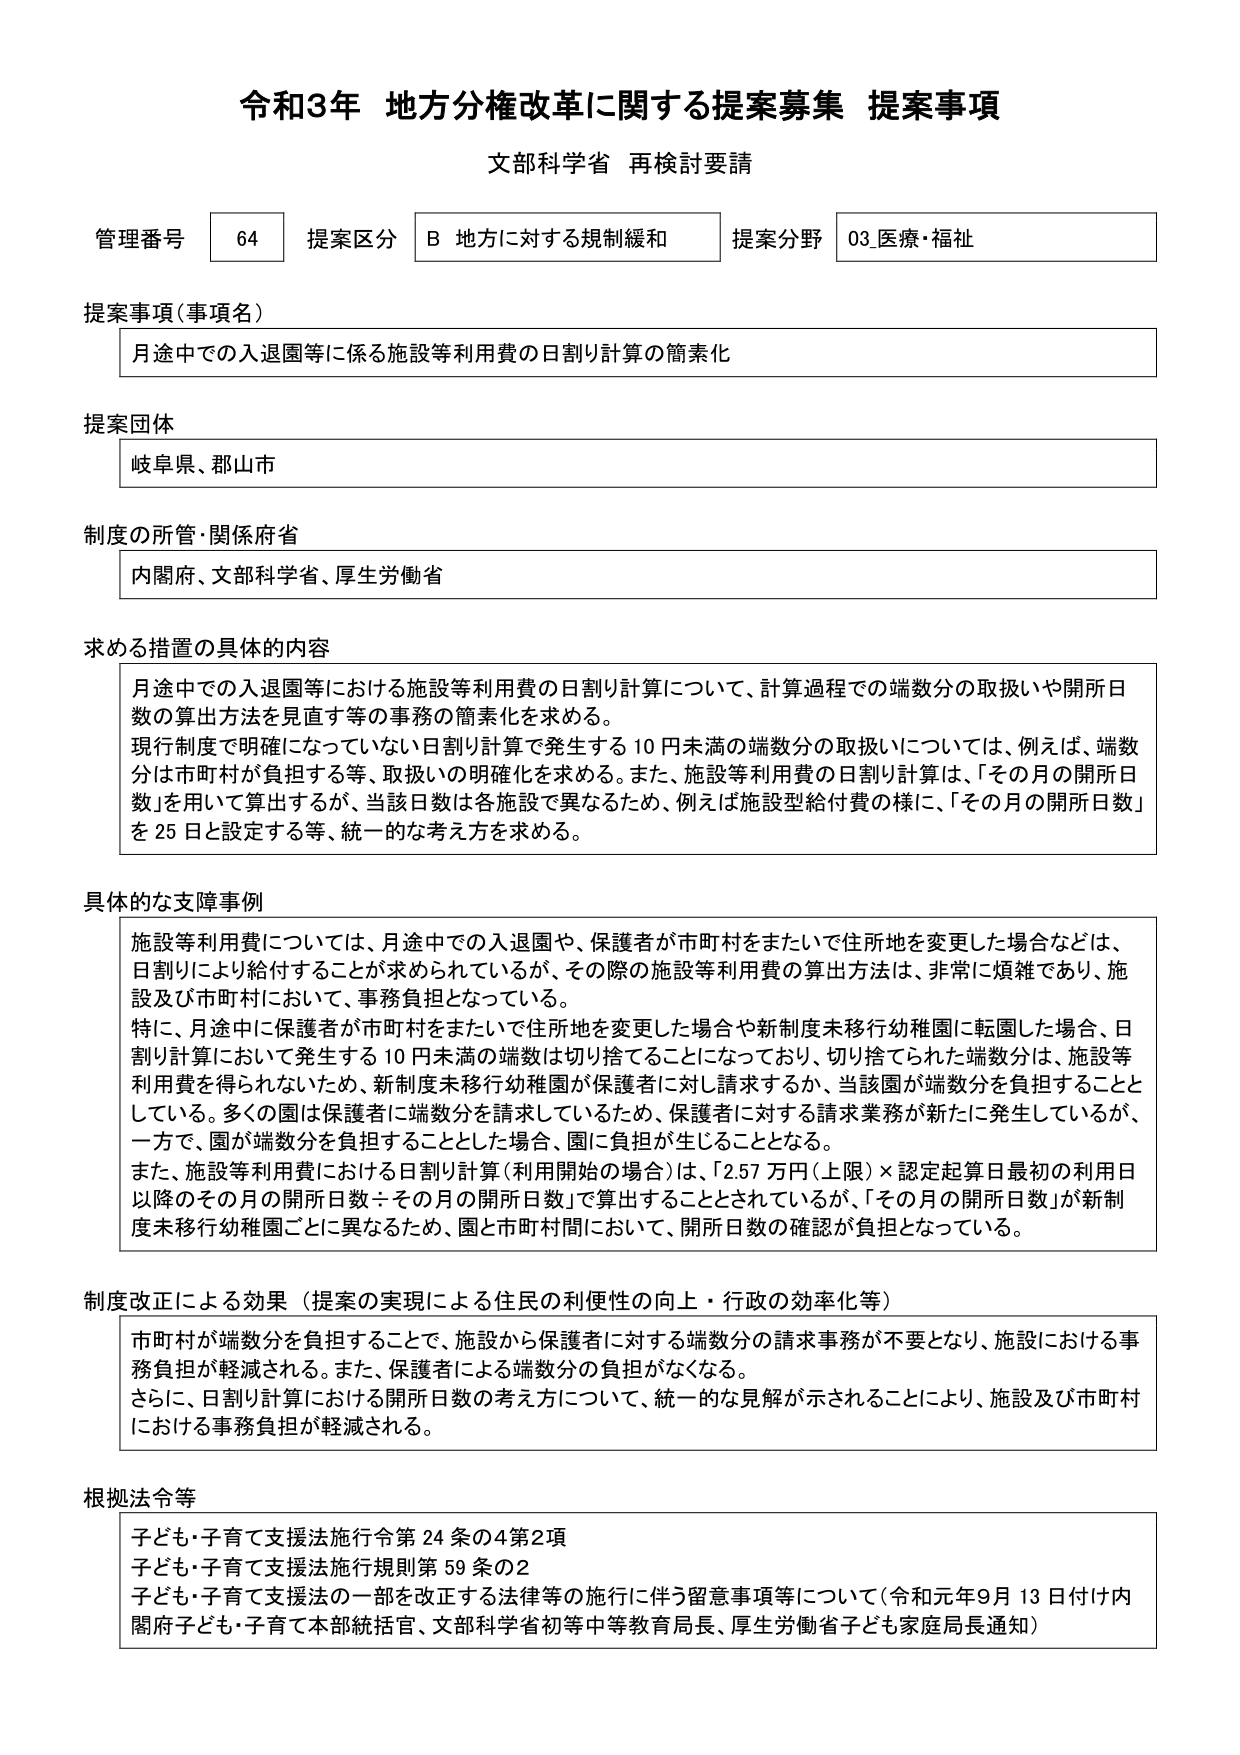
令和3年 地方分権改革に関する提案募集 提案事項
文部科学省 再検討要請

管理番号 64 提案区分 B 地方に対する規制緩和 提案分野 03.医療・福祉

提案事項（事項名）
月途中での入退園等に係る施設等利用費の日割り計算の簡素化

提案団体
岐阜県、郡山市

制度の所管・関係府省
内閣府、文部科学省、厚生労働省

求める措置の具体的内容
月途中での入退園等における施設等利用費の日割り計算について、計算過程での端数分の取扱いや開所日数の算出方法を見直す等の事務の簡素化を求める。
現行制度で明確になっていない日割り計算で発生する10円未満の端数分の取扱いについては、例えば、端数分は市町村が負担する等、取扱いの明確化を求める。また、施設等利用費の日割り計算は、「その月の開所日数」を用いて算出するが、当該日数は各施設で異なるため、例えば施設型給付費の様に、「その月の開所日数」を25日と設定する等、統一的な考え方を求める。

具体的な支障事例
施設等利用費については、月途中での入退園や、保護者が市町村をまたいで住所地を変更した場合などは、日割りにより給付することが求められているが、その際の施設等利用費の算出方法は、非常に煩雑であり、施設及び市町村において、事務負担となっている。
特に、月途中に保護者が市町村をまたいで住所地を変更した場合や新制度未移行幼稚園に転園した場合、日割り計算において発生する10円未満の端数は切り捨てることになっており、切り捨てられた端数分は、施設等利用費を得られないため、新制度未移行幼稚園が保護者に対し請求するか、当該園が端数分を負担することとしている。多くの園は保護者に端数分を請求しているため、保護者に対する請求業務が新たに発生しているが、一方で、園が端数分を負担することとした場合、園に負担が生じることとなる。
また、施設等利用費における日割り計算（利用開始の場合）は、「2.57万円（上限）×認定起算日最初の利用日以降のその月の開所日数÷その月の開所日数」で算出することとされているが、「その月の開所日数」が新制度未移行幼稚園ごとに異なるため、園と市町村間において、開所日数の確認が負担となっている。

制度改正による効果（提案の実現による住民の利便性の向上・行政の効率化等）
市町村が端数分を負担することで、施設から保護者に対する端数分の請求事務が不要となり、施設における事務負担が軽減される。また、保護者による端数分の負担がなくなる。
さらに、日割り計算における開所日数の考え方について、統一的な見解が示されることにより、施設及び市町村における事務負担が軽減される。

根拠法令等
子ども・子育て支援法施行令第24条の4第2項
子ども・子育て支援法施行規則第59条の2
子ども・子育て支援法の一部を改正する法律等の施行に伴う留意事項等について（令和元年9月13日付け内閣府子ども・子育て本部統括官、文部科学省初等中等教育局長、厚生労働省子ども家庭局長通知）